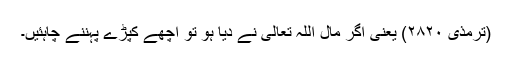
(ترمذی ۲۸۲۰) یعنی اگر مال اللہ تعالیٰ نے دیا ہو تو اچھے کپڑے پہننے چاہئیں۔